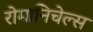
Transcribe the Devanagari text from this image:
रोमानिचेल्स